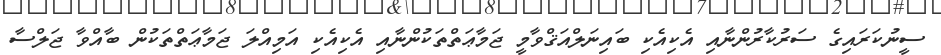
ސީނުކަރައިގެ ސަރުކާރުންނާއި އެކިއެކި ބައިނަލްއަޤްވާމީ ޖަމާޢަތްތަކުންނާއި އެކިއެކި އަމިއްލަ ޖަމާޢަތްތަކުން ބާއްވާ ޖަލްސާ